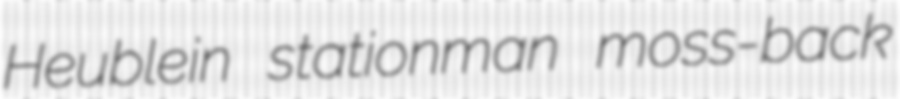
Heublein stationman moss-back